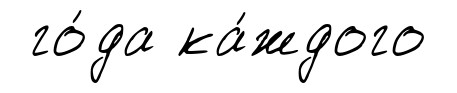
го́да ка́ждого